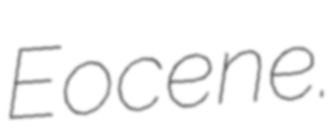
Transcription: Eocene.